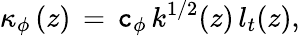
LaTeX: \kappa_{\phi}\left(z\right)\, =\, \mathtt{c}_{\phi}\, k^{1/2}(z)\, l_{t}(z),